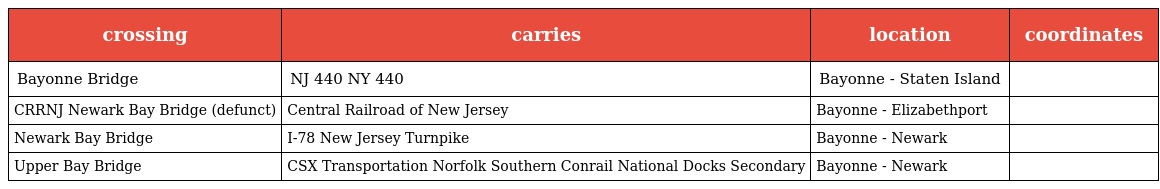
| crossing | carries | location | coordinates |
 | --- | --- | --- | --- |
 | Bayonne Bridge | NJ 440 NY 440 | Bayonne - Staten Island |  |
 | CRRNJ Newark Bay Bridge (defunct) | Central Railroad of New Jersey | Bayonne - Elizabethport |  |
 | Newark Bay Bridge | I-78 New Jersey Turnpike | Bayonne - Newark |  |
 | Upper Bay Bridge | CSX Transportation Norfolk Southern Conrail National Docks Secondary | Bayonne - Newark |  |